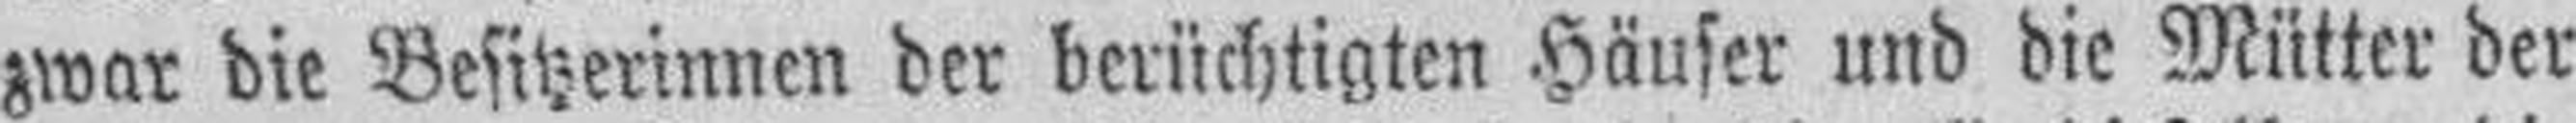
zwar die Besitzerinnen der berüchtigten Häuser und die Mütter der